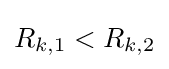
R_{k,1}<R_{k,2}